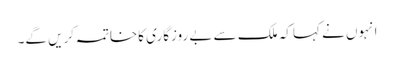
انہوں نے کہا کہ ملک سے بے روزگاری کاخاتمہ کریں گے۔